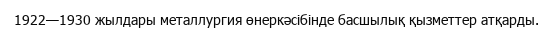
1922—1930 жылдары металлургия өнеркәсібінде басшылық қызметтер атқарды.